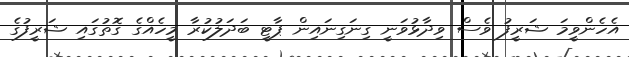
އެހެންވީމަ ޝަރީފު ވެސް ވިދާޅުވަނީ ގިނަގިނައިން ޕާޓީ ބަދަލުކުރާ މީހެއްގެ ގޮތުގައި ޝަރީފުގެ